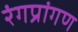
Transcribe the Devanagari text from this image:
रंगप्रांगण